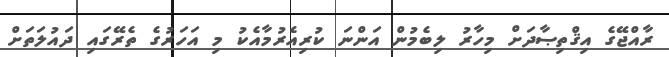
ރާއްޖޭގެ އިޤްތިޞާދަށް މިހާރު ލިބެމުން އަންނަ ކުރިއެރުމާއެކު މި އަހަރުގެ ތެރޭގައި ދައުލަތަށް